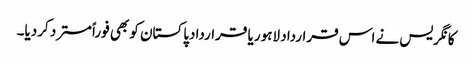
کانگریس نے اس قرارداد لاہور یا قراردادپاکستان کو بھی فوراً مسترد کردیا۔